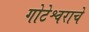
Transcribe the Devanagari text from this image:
गोटेश्वराचे